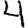
Digit: 4